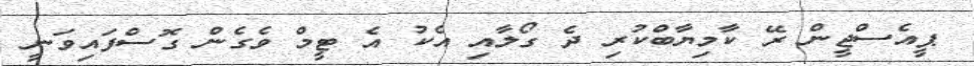
ޕީއެސްޖީން ރޭ ކާމިޔާބްކުރި ދެ ގޯލާއި އެކު އެ ޓީމް ވެގެން ގޮސްފައިވަނީ